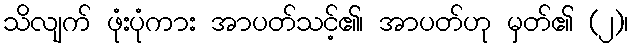
သိလျက် ဖုံးပုံကား အာပတ်သင့်၏၊ အာပတ်ဟု မှတ်၏ (၂)၊